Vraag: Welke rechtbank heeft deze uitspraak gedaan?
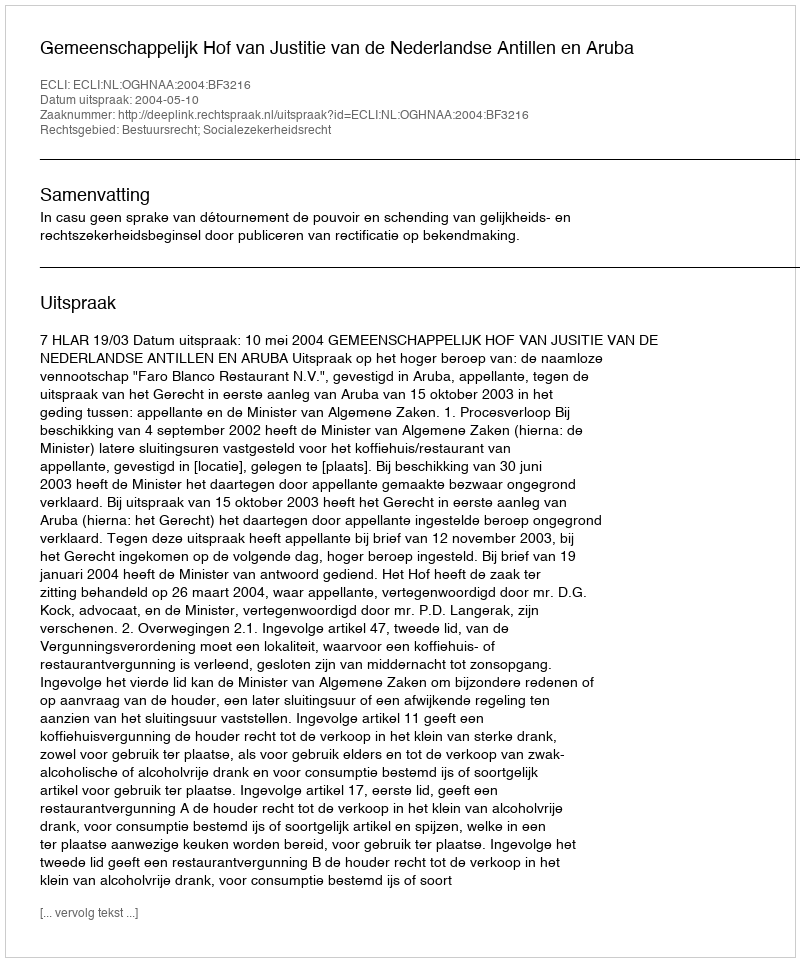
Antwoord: Gemeenschappelijk Hof van Justitie van de Nederlandse Antillen en Aruba